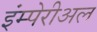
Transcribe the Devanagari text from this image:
इंम्पेरीअल